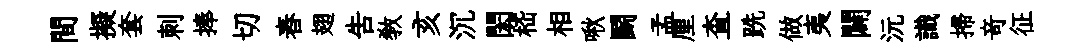
間擬套刺捧切舂翅告敎亥沉閎嵇相啾鬬孟厘查跣做夷闢沅識掃竒征